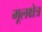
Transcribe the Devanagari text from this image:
मूलक्षेत्र